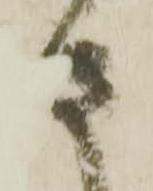
さ